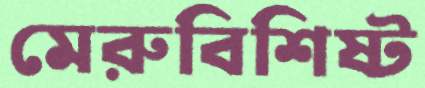
মেরুবিশিষ্ট